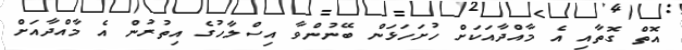
އޮތް ގޮތާއި އެ މާއްދާއަކަށް ހުށަހަޅަން ބޭނުންވާ އިސްލާހުގެ އިތުރުން އެ މާއްދާއަށް